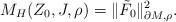
LaTeX: \begin{align*}M_H(Z_0,J,\rho)= \|\tilde F_0\|_{\partial M,\rho}^2.\end{align*}